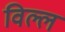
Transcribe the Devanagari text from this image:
विल्ल